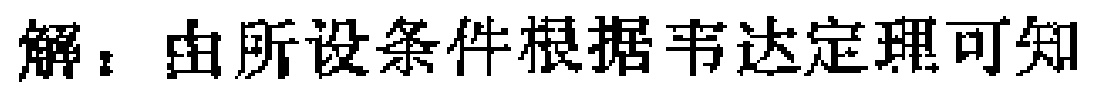
解：由所设条件根据韦达定理可知